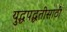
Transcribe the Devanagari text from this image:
युद्धपद्धतीसाठी